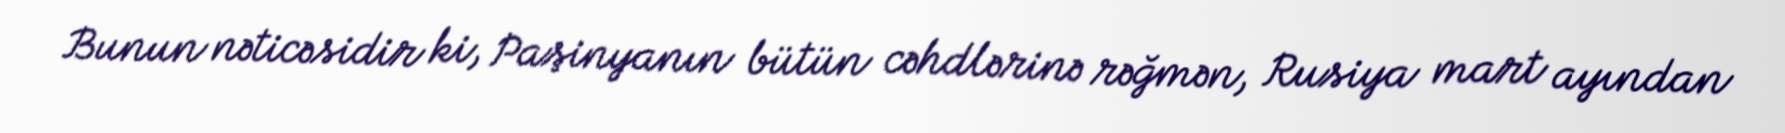
Bunun nəticəsidir ki, Paşinyanın bütün cəhdlərinə rəğmən, Rusiya mart ayından